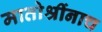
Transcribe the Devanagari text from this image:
मातोश्रींनाच